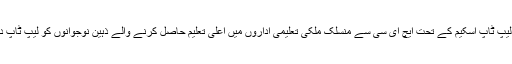
وزیراعظم کی لیپ ٹاپ اسکیم کے تحت ایچ ای سی سے منسلک ملکی تعلیمی اداروں میں اعلیٰ تعلیم حاصل کرنے والے ذہین نوجوانوں کو لیپ ٹاپ دیے جائیں گے۔